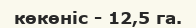
көкөніс - 12,5 га.